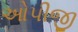
ઓપીજી